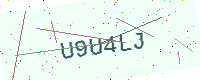
Text: U9U4LJ